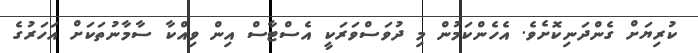
ކުރިޔަށް ގެންދަނިކޮށެވެ. އެހެންކަމުން މި ދުވަސްވަރަކީ އެސްޓާސް އިން ވިއްކާ ސާމާނުތަކަށް އަހަރުގެ